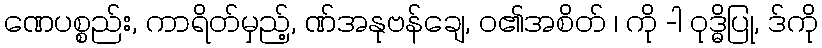
ဏေပစ္စည်း, ကာရိတ်မှည့်, ဏ်အနုဗန်ချေ, ဝ၏အစိတ် ၊ ကို -ါ ဝုဒ္ဓိပြု, ဒ်ကို